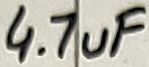
Text: 4.7uF